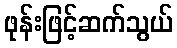
ဖုန်းဖြင့်ဆက်သွယ်